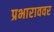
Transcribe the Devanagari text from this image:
प्रभाराववर